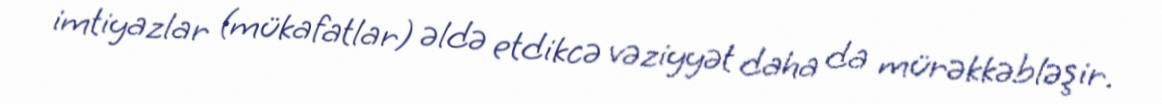
imtiyazlar (mükafatlar) əldə etdikcə vəziyyət daha da mürəkkəbləşir.